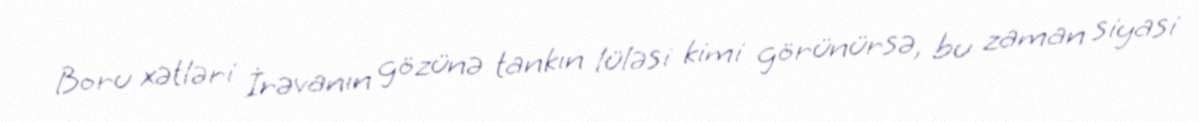
Boru xətləri İrəvanın gözünə tankın lüləsi kimi görünürsə, bu zaman siyasi